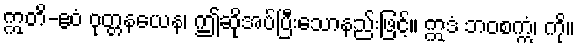
ဣတိ-ဧဝံ ဝုတ္တနယေန၊ ဤဆိုအပ်ပြီးသောနည်းဖြင့်။ ဣဒံ ဘဝစက္ကံ၊ ကို။